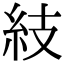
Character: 𥾣